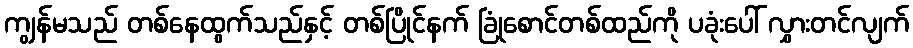
ကျွန်မသည် တစ်နေထွက်သည်နှင့် တစ်ပြိုင်နက် ခြုံစောင်တစ်ထည်ကို ပခုံးပေါ် လွှားတင်လျက်